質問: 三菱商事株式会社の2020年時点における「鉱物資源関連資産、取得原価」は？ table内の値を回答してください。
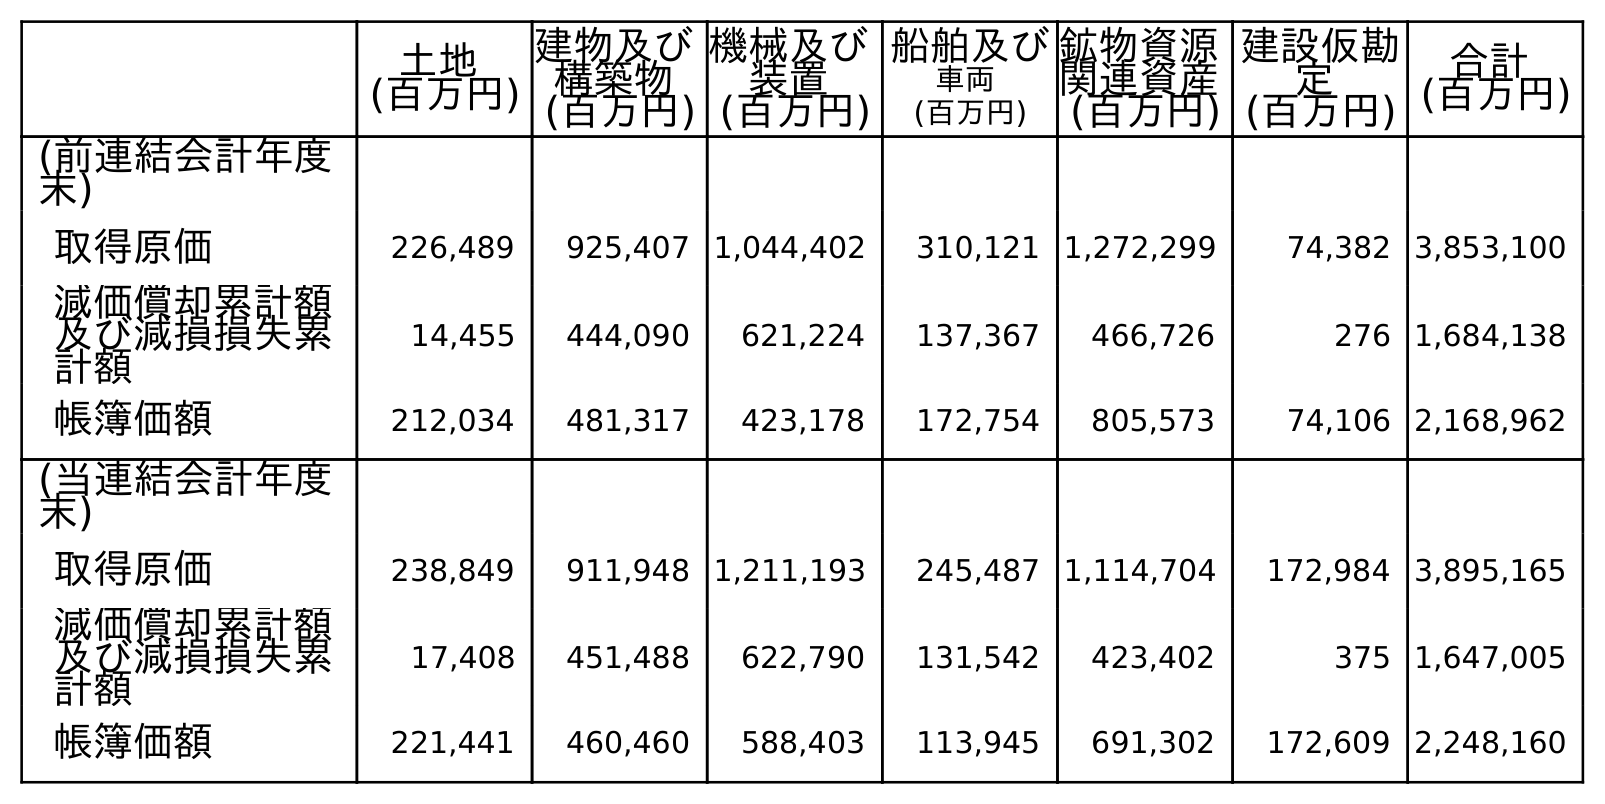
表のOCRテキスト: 土地 (百万円) 建物及び 構築物 (百万円) 機械及び 装置 (百万円) 船舶及び 車両 (百万円) 鉱物資源 関連資産 (百万円) 建設仮勘 定 (百万円) 合計 (百万円) (前連結会計年度 末) 取得原価 226,489 925,407 1,044,402 310,121 1,272,299 74,382 3,853,100 減価償却累計額 及び減損損失累 計額 14,455 444,090 621,224 137,367 466,726 276 1,684,138 帳簿価額 212,034 481,317 423,178 172,754 805,573 74,106 2,168,962 (当連結会計年度 末) 取得原価 238,849 911,948 1,211,193 245,487 1,114,704 172,984 3,895,165 減価償却累計額 及び減損損失累 計額 17,408 451,488 622,790 131,542 423,402 375 1,647,005 帳簿価額 221,441 460,460 588,403 113,945 691,302 172,609 2,248,160
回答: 1,114,704